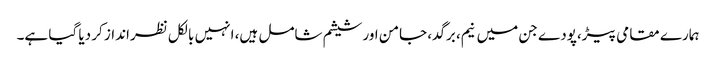
ہمارے مقامی پیڑ،پودے جن میں نیم، برگد، جامن اور شیشم شامل ہیں، انہیں بالکل نظرانداز کر دیا گیا ہے۔